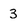
Character: 3